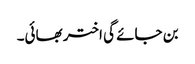
بن جائے گی اختر بھائی۔